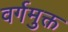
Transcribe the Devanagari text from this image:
वर्गमुक्त